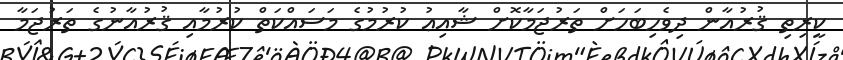
ކީރިތި ޤުރުއާން ދިވެހިބަހަށް ތަރުޖަމާކޮށް ޝާއިޢު ކުރުމުގެ މަސައްކަތް ކުރުމާއި ޤުރުއާނުގެ ތަރުޖަމާ